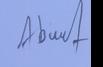
Signature authenticity: forged